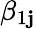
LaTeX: \beta_{1\mathbf{j}}